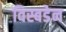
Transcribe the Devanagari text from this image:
विस्बडेन